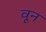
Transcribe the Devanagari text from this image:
वून